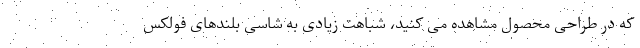
که در طراحی محصول مشاهده می کنید، شباهت زیادی به شاسی بلندهای فولکس